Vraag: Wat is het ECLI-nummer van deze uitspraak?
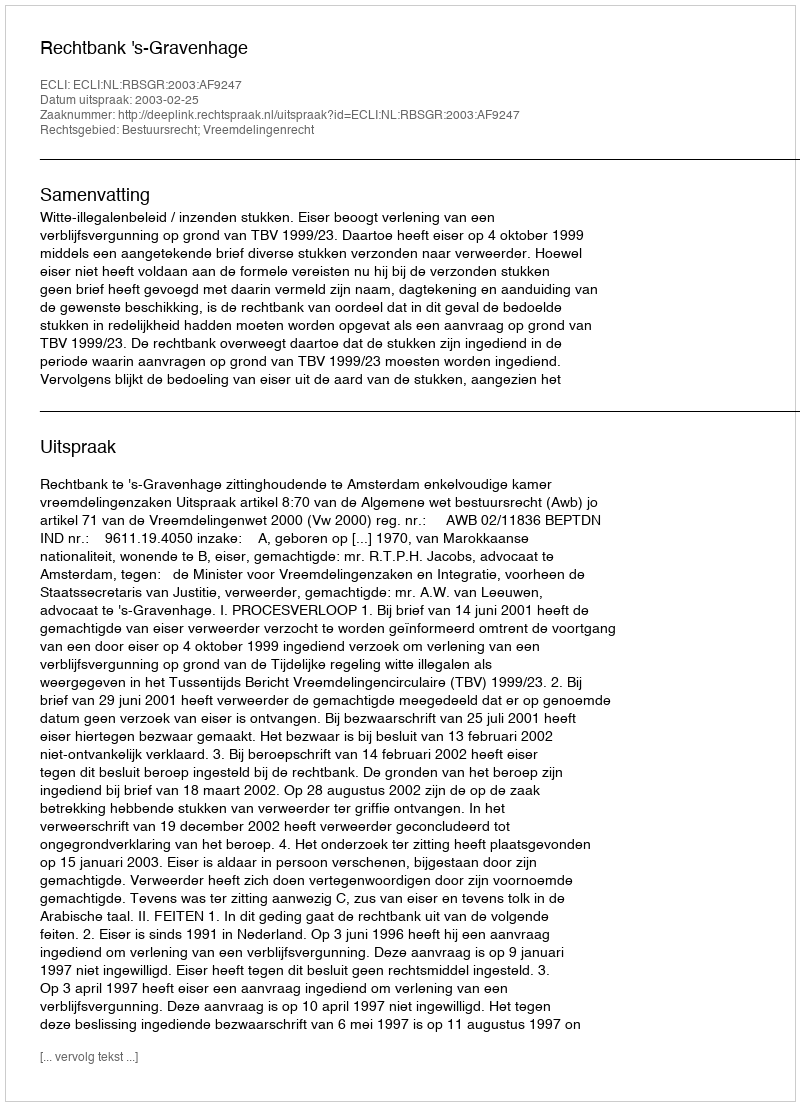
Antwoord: ECLI:NL:RBSGR:2003:AF9247